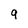
Character: q